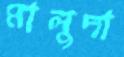
মালুদা